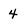
Character: 4